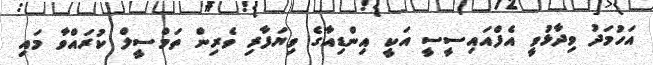
އަހުމަދު ވިދާޅުވީ އެފްއައިސީސީ އަކީ އިންޑިއާގެ ވިޔަފާރި ވެރިން ތަމްސީލް ކުރައްވާ މައި